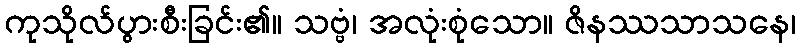
ကုသိုလ်ပွားစီးခြင်း၏။ သဗ္ဗံ၊ အလုံးစုံသော။ ဇိနဿသာသနေ၊